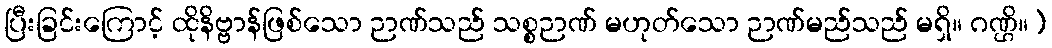
ပြီးခြင်းကြောင့် ထိုနိဗ္ဗာန်ဖြစ်သော ဉာဏ်သည် သစ္စဉာဏ် မဟုတ်သော ဉာဏ်မည်သည် မရှိ။ ဂဏ္ဌိ။)